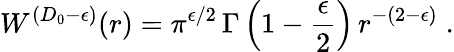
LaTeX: W^{({D_{0}}-\epsilon)}(r)=\pi^{\epsilon/2}\, \Gamma\left(1-\frac{\epsilon}{2}\right)\, r^{-(2-\epsilon)}\; .